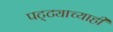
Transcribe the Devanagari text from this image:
पट्ट्याच्याही